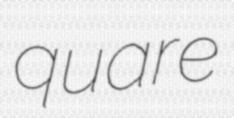
quare